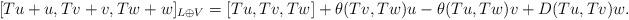
LaTeX: \begin{align*}&\;[Tu+u,Tv+v,Tw+w]_{L \oplus V}=[Tu,Tv,Tw]+ \theta(Tv,Tw)u-\theta(Tu,Tw)v+D(Tu,Tv)w.\end{align*}